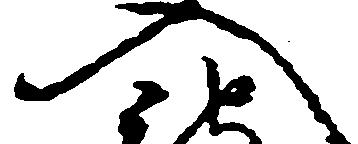
入